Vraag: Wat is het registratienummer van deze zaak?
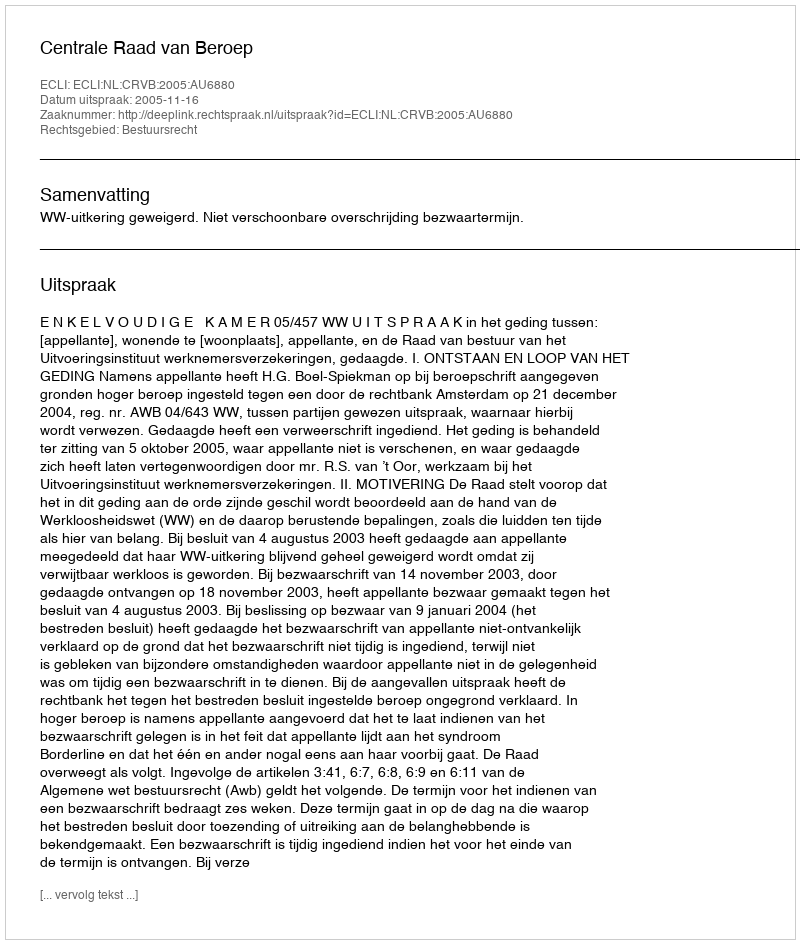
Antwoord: http://deeplink.rechtspraak.nl/uitspraak?id=ECLI:NL:CRVB:2005:AU6880